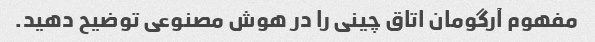
مفهوم آرگومان اتاق چینی را در هوش مصنوعی توضیح دهید.